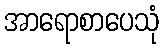
အာရောစာပေသုံ